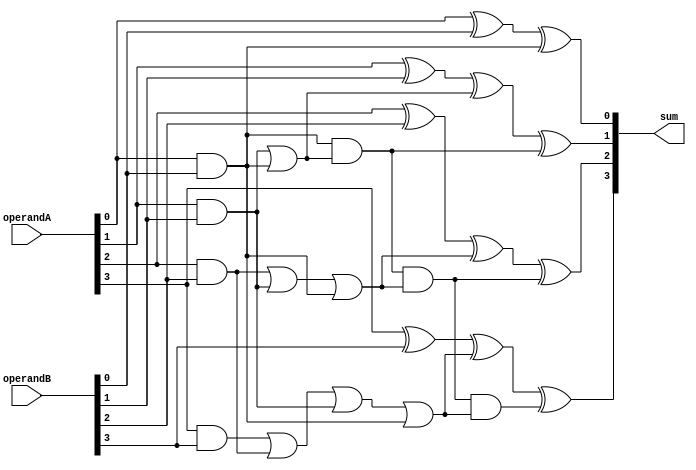
module carry_skip_lookahead_adder(
    input wire [15:0] operandA,
    input wire [15:0] operandB,
    output reg [16:0] sum
);

// Internal signals for each stage
reg [15:0] partial_sum0, partial_sum1, partial_sum2, partial_sum3;
reg [4:0] propagate0, propagate1, propagate2, propagate3;

// Carry lookahead logic
assign propagate0 = operandA[0] & operandB[0];
assign propagate1 = (operandA[1] & operandB[1]) | (operandA[0] & operandB[0]);
assign propagate2 = (operandA[2] & operandB[2]) | (operandA[1] & operandB[1]) | (operandA[0] & operandB[0]);
assign propagate3 = (operandA[3] & operandB[3]) | (operandA[2] & operandB[2]) | (operandA[1] & operandB[1]) | (operandA[0] & operandB[0]);

// Adder stages
always @ (*) begin
    // Stage 0
    partial_sum0 = operandA[0] ^ operandB[0] ^ propagate0;
    // Stage 1
    partial_sum1 = operandA[1] ^ operandB[1] ^ propagate1;
    // Stage 2
    partial_sum2 = operandA[2] ^ operandB[2] ^ propagate2;
    // Stage 3
    partial_sum3 = operandA[3] ^ operandB[3] ^ propagate3;
end

// Output sum
always @ (*) begin
    sum[0] = partial_sum0;
    sum[1] = partial_sum1 ^ (propagate0 & propagate1);
    sum[2] = partial_sum2 ^ (propagate0 & propagate1 & propagate2);
    sum[3] = partial_sum3 ^ (propagate0 & propagate1 & propagate2 & propagate3);
end

endmodule